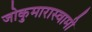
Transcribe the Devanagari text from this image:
जोकुमारास्वामी